Lock hospitals Punjab
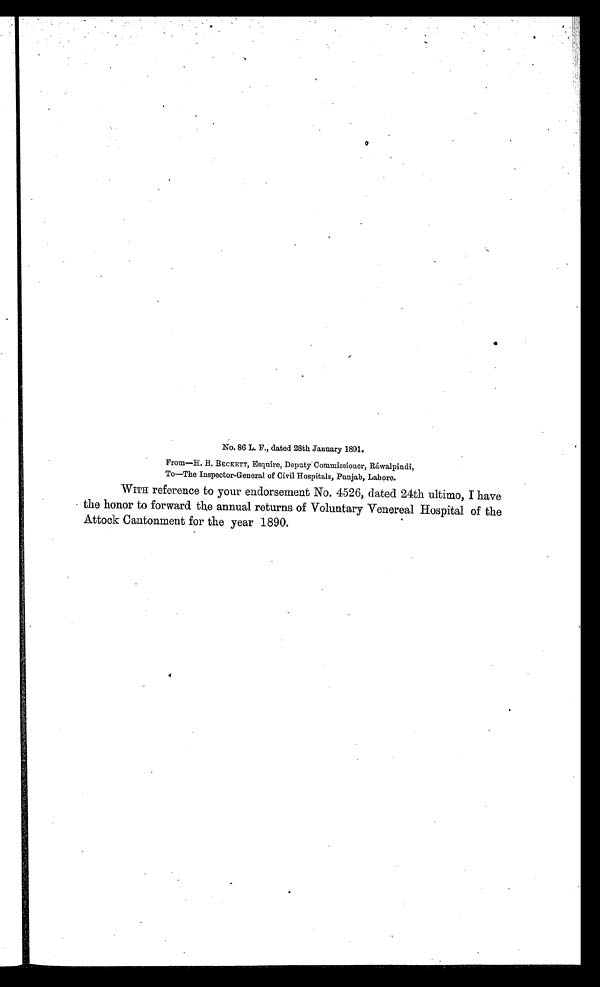
No. 86 L. F., dated 28th January 1891.
From—H. B. BECKETT, Esquire, Deputy Commissioner, Ráwalpindi,
To—The Inspector-General of Civil Hospitals, Punjab, Lahore.
WITH reference to your endorsement No. 4526, dated 24th ultimo, I have
the honor to forward the annual returns of Voluntary Venereal Hospital of the
Attock Cantonment for the year 1890.